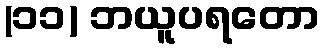
(၁၁) ဘယူပရတော